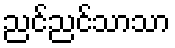
ညင်ညင်သာသာ